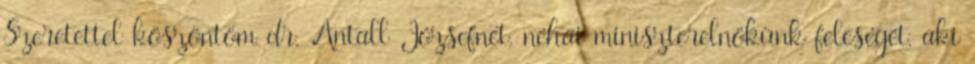
Szeretettel köszöntöm dr. Antall Józsefnét, néhai miniszterelnökünk feleségét, aki